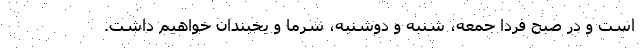
است و در صبح فردا جمعه، شنبه و دوشنبه، سرما و یخبندان خواهیم داشت.